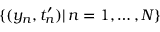
\{ ( y _ { n } , t _ { n } ^ { \prime } ) | \, n = 1 , \dots , N \}